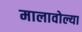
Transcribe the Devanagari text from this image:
मालावोल्या